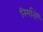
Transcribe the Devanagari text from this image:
निर्मातों